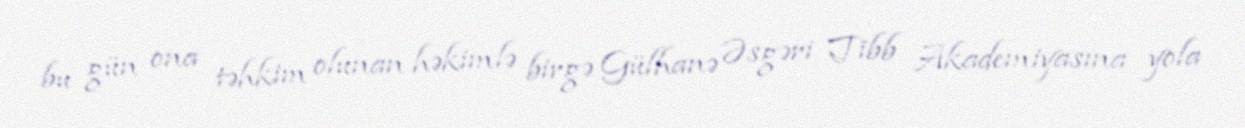
bu gün ona təhkim olunan həkimlə birgə Gülhanə Əsgəri Tibb Akademiyasına yola